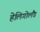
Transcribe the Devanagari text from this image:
हेलिगोलैंड